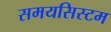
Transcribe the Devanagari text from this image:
समयसिस्टम